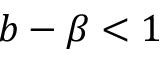
b - \beta < 1